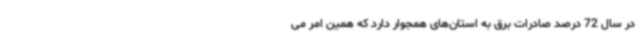
در سال 72 درصد صادرات برق به استان‌های همجوار دارد که همین امر می